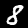
Label: 8